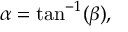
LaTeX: \alpha = \tan ^ { - 1 } ( \beta ) ,